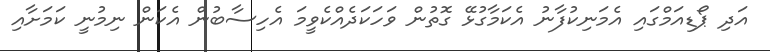
އަދި ޕޯޑިއަމްގައި އެމަނިކުފާނު އެކަމާގުޅޭ ގޮތުން ވަހަކަދެއްކެވީމަ އެހިސާބުން އެކަން ނިމުނީ ކަމަށާއި